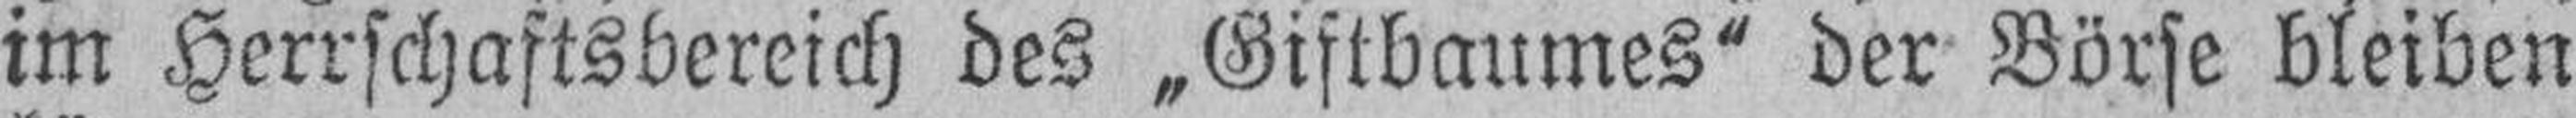
im Herrschaftsbereich des „Giftbaumes“ der Börse bleiben